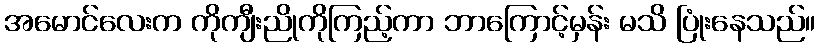
အမောင်လေးက ကိုကျီးညိုကိုကြည့်ကာ ဘာကြောင့်မှန်း မသိ ပြုံးနေသည်။